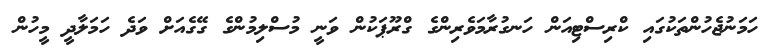
ހަމަނުޖެހުންތަކުގައި ކްރިސްޓިއަން ހަނގުރާމަވެރިންގެ ގްރޫޕަކުން ވަނީ މުސްލިމުންގެ ގޭގެއަށް ވަދެ ހަމަލާދީ މީހުން